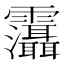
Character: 𩇋